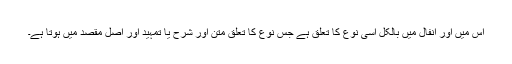
اس میں اور انفال میں بالکل اسی نوع کا تعلق ہے جس نوع کا تعلق متن اور شرح یا تمہید اور اصل مقصد میں ہوتا ہے۔